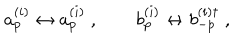
a _ { p } ^ { ( i ) } \leftrightarrow a _ { p } ^ { ( i ) } \ , \qquad b _ { p } ^ { ( i ) } \leftrightarrow b _ { - p } ^ { ( i ) \dagger } \ ,